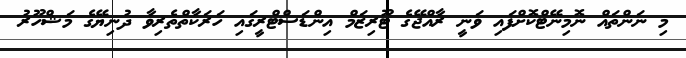
މި ނަންތައް ނޮމިނޭޓްކޮށްފައި ވަނީ ރާއްޖޭގެ ޓޫރިޒަމް އިންޑަސްޓްރީގައި ހަރަކާތްތެރިވާ ދުނިޔޭގެ މަޝްހޫރު